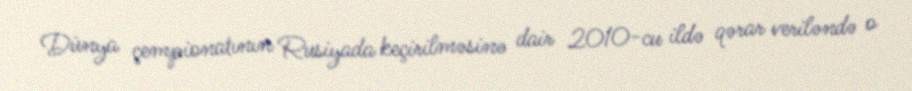
Dünya çempionatının Rusiyada keçirilməsinə dair 2010-cu ildə qərar veriləndə o